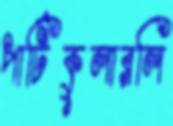
পার্টিকুলারলি